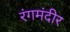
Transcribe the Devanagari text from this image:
रंगमंदीर